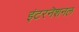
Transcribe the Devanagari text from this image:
इंटरनॆशनल